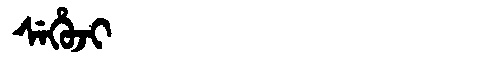
Manchu: ᠰᡝᡥᡠᠵᡳ
Romanization: SEHUJI